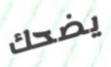
يضحك